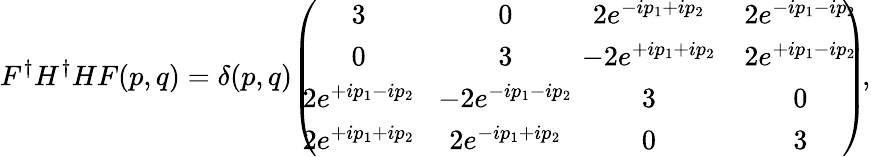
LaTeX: F^{\dagger}H^{\dagger}HF(p,q)=\delta(p,q)\! \left(\! \! \! \begin{array}{cccc}{{3}}&{{\! 0}}&{{\! \! \! \! 2e^{-ip_{1}+ip_{2}}}}&{{2e^{-ip_{1}-ip_{2}}}}\\ {{0}}&{{\! 3}}&{{\! \! \! \! -2e^{+ip_{1}+ip_{2}}}}&{{2e^{+ip_{1}-ip_{2}}}}\\ {{2e^{+ip_{1}-ip_{2}}}}&{{\! -2e^{-ip_{1}-ip_{2}}}}&{{\! \! \! \! 3}}&{{0}}\\ {{2e^{+ip_{1}+ip_{2}}}}&{{\! 2e^{-ip_{1}+ip_{2}}}}&{{\! \! \! \! 0}}&{{3}}\end{array}\! \! \! \right)\! ,